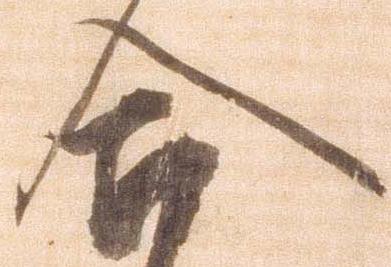
合